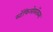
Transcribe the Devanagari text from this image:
स्टॅफिलोकॉकस